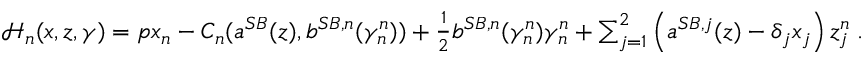
\begin{array} { r } { \mathcal { H } _ { n } ( x , z , \gamma ) = p x _ { n } - C _ { n } ( a ^ { S B } ( z ) , b ^ { S B , n } ( \gamma _ { n } ^ { n } ) ) + \frac 1 2 b ^ { S B , n } ( \gamma _ { n } ^ { n } ) \gamma _ { n } ^ { n } + \sum _ { j = 1 } ^ { 2 } \left( a ^ { S B , j } ( z ) - \delta _ { j } x _ { j } \right) z _ { j } ^ { n } \; . } \end{array}